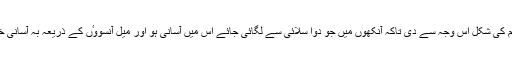
آنکھوں کو بادام کی شکل اس وجہ سے دی تاکہ آنکھوں میں جو دوا سلائی سے لگائی جائے اُس میں آسانی ہو اور میل آنسووٴں کے ذریعہ بہ آسانی خارج ہو سکے۔